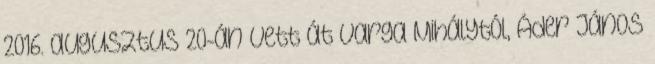
2016. augusztus 20-án vett át Varga Mihálytól, Áder János